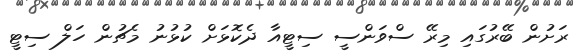
ރަށުން ބޭރުގައި މިރޭ ސްވަންސީ ސިޓީއާ ދެކޮޅަށް ކުޅުނު މެޗުން ހަލް ސިޓީ